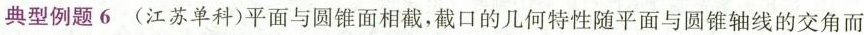
典型例题6(江苏单科)平面与圆锥面相截，截口的几何特性随平面与圆锥轴线的交角而